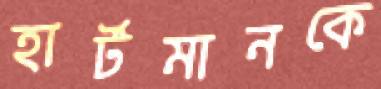
হার্টমানকে